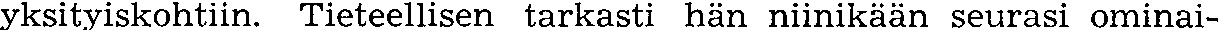
yksityiskohtiin. Tieteellisen tarkasti hän niinikään seurasi ominai-